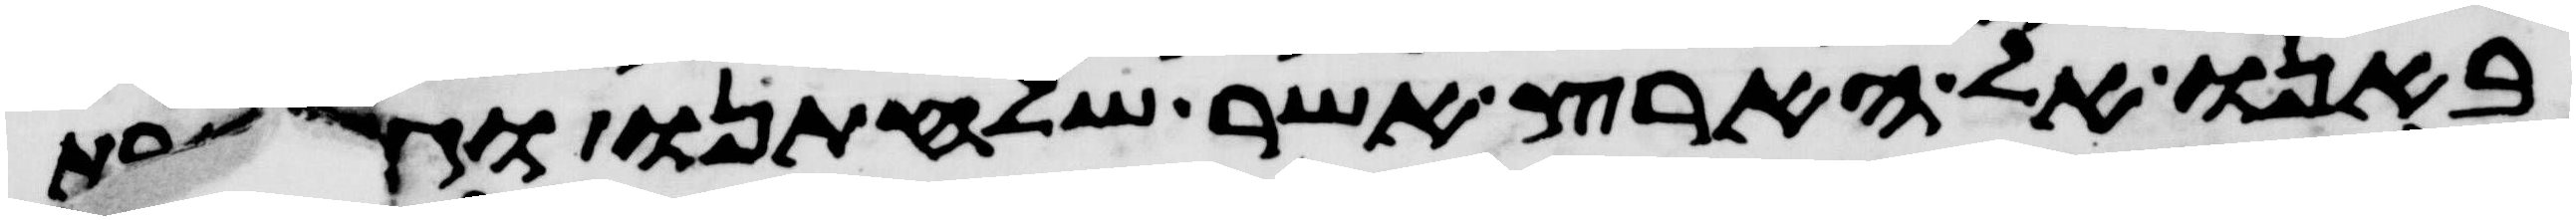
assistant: באנו אל הארץ אשר שלחתנו וגם זבת